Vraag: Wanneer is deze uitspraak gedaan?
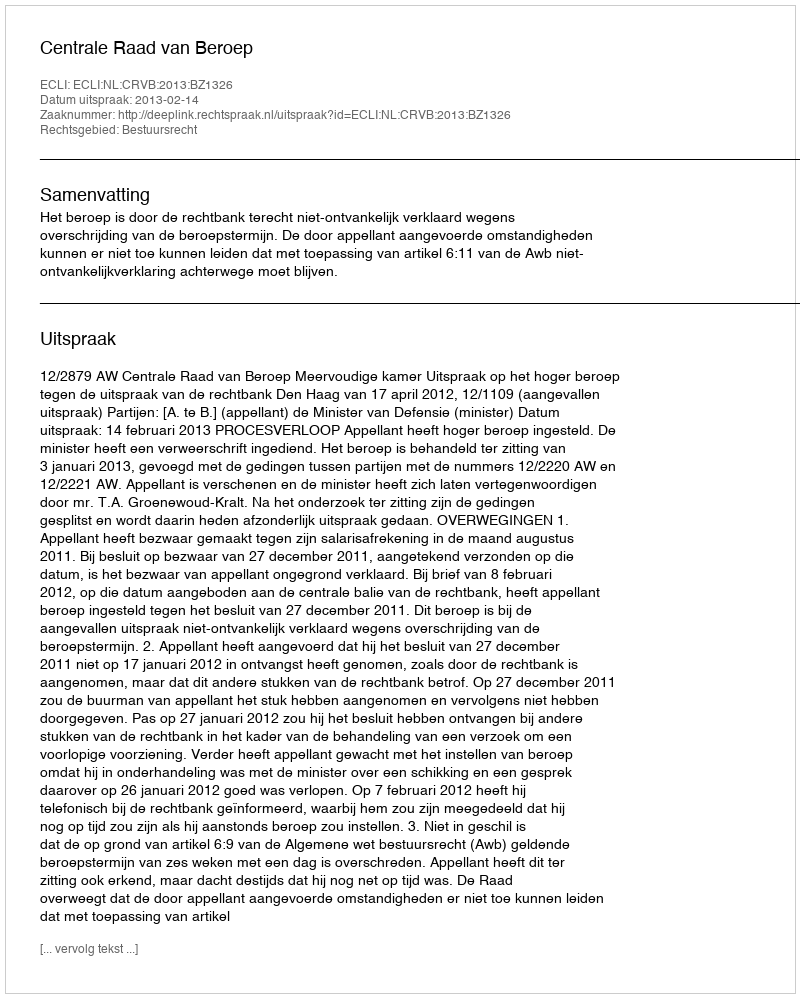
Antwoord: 2013-02-14